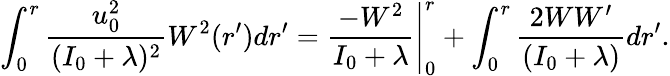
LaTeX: \int_{0}^{r}\frac{u_{0}^{2}}{(I_{0}+\lambda)^{2}}W^{2}(r^{\prime})dr^{\prime}=\left.\frac{-W^{2}}{I_{0}+\lambda}\right|_{0}^{r}+\int_{0}^{r}\frac{2WW^{\prime}}{(I_{0}+\lambda)}dr^{\prime}.